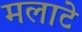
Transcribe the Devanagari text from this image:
मलाटे